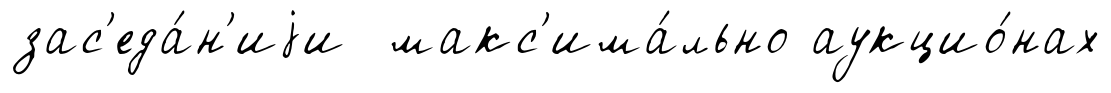
зас'еда́н'иjи макс'има́льно аукцио́нах